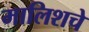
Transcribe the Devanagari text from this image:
मालिशचे